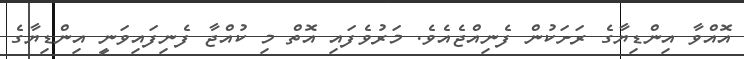
އޮއްވާ އިންޑިޔާގެ ރަށަކުން ފެނިއްޖެއެވެ. މަރުވެފައި އޮތް މި ކުއްޖާ ފެނިފައިވަނީ އިންޑިޔާގެ